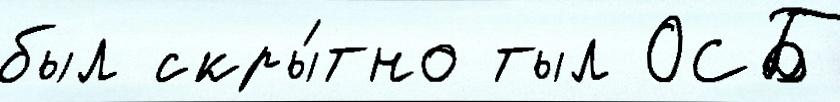
был скры́тно тыл ОСБ